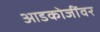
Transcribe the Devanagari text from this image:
आडकोजींवर